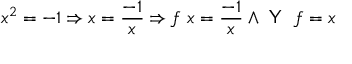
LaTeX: x ^ { 2 } = - 1 \Rightarrow x = { \frac { - 1 } { x } } \Rightarrow f \ x = { \frac { - 1 } { x } } \land { \textsf { Y } } \ f = x